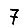
Digit: 7